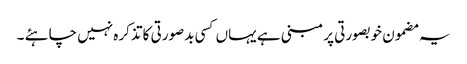
یہ مضمون خوبصورتی پر مبنی ہے یہاں کسی بدصورتی کا تذکرہ نہیں چاہئے ۔